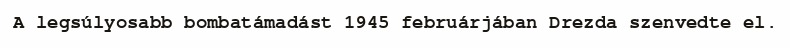
A legsúlyosabb bombatámadást 1945 februárjában Drezda szenvedte el.